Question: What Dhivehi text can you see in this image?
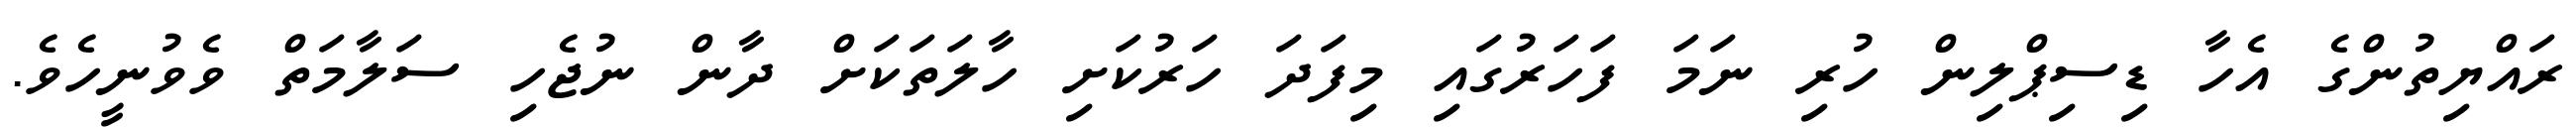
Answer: ރައްޔިތުންގެ އެހާ ޑިސިޕްލިން ހުރި ނަމަ ފަހަރުގައި މިފަދަ ހަރުކަށި ހާލަތަކަށް ދާން ނުޖެހި ސަލާމަތް ވެވުނީހެވެ.